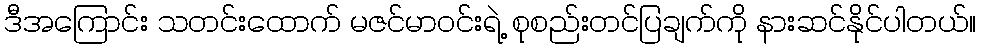
ဒီအကြောင်း သတင်းထောက် မဇင်မာဝင်းရဲ့ စုစည်းတင်ပြချက်ကို နားဆင်နိုင်ပါတယ်။